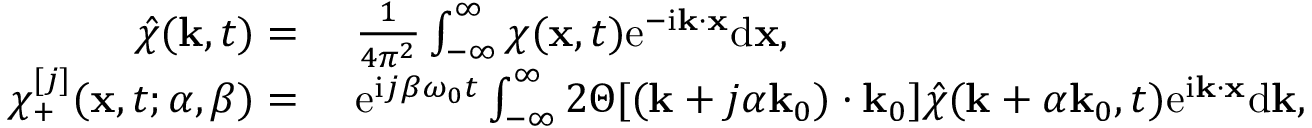
\begin{array} { r l } { \hat { \chi } ( \mathbf { k } , t ) = ~ } & { { } \frac { 1 } { 4 \pi ^ { 2 } } \int _ { - \infty } ^ { \infty } \chi ( \mathbf { x } , t ) \mathrm { e } ^ { - \mathrm { i } \mathbf { k } \cdot \mathbf { x } } \mathrm { d } \mathbf { x } , } \\ { \chi _ { + } ^ { [ j ] } ( \mathbf { x } , t ; \alpha , \beta ) = ~ } & { { } \mathrm { e } ^ { \mathrm { i } j \beta \omega _ { 0 } t } \int _ { - \infty } ^ { \infty } 2 \Theta [ ( \mathbf { k } + j \alpha \mathbf { k } _ { 0 } ) \cdot \mathbf { k } _ { 0 } ] \hat { \chi } ( \mathbf { k } + \alpha \mathbf { k } _ { 0 } , t ) \mathrm { e } ^ { \mathrm { i } \mathbf { k } \cdot \mathbf { x } } \mathrm { d } \mathbf { k } , } \end{array}